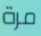
مرة